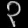
Digit: ၃